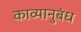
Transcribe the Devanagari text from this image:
काव्यानुबंध